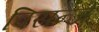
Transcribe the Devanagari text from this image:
पिसन्जे